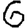
Digit: 6